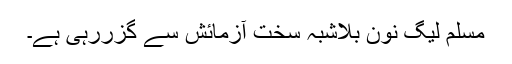
مسلم لیگ نون بلاشبہ سخت آزمائش سے گزررہی ہے۔